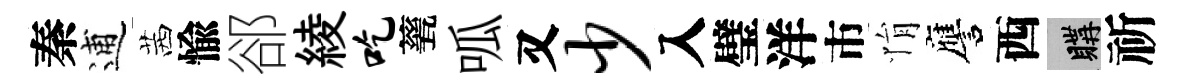
秦逋茜愉郤綾吃甆呱又少入璧洋市悁譍西購祈